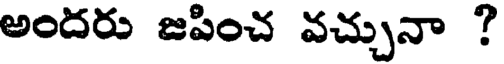
అందరు జపించ వచ్చునా ?